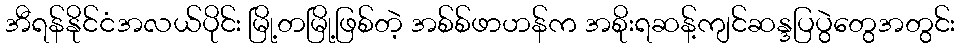
အီရန်နိုင်ငံအလယ်ပိုင်း မြို့တမြို့ဖြစ်တဲ့ အစ်စ်ဖာဟန်က အစိုးရဆန့်ကျင်ဆန္ဒပြပွဲတွေအတွင်း